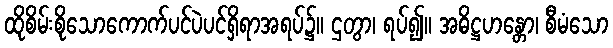
ထိုစိမ်းစိုသောကောက်ပင်ပဲပင်ရှိရာအရပ်၌။ ဌတွာ၊ ရပ်၍။ အဓိဋ္ဌဟန္တော၊ စီမံသော